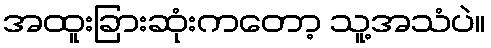
အထူးခြားဆုံးကတော့ သူ့အသံပဲ။